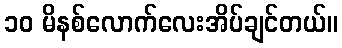
၁၀ မိနစ်လောက်လေးအိပ်ချင်တယ်။